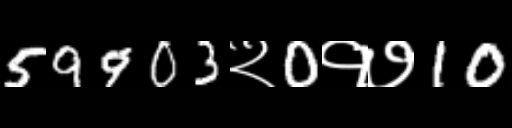
Text: 59903२0१७10